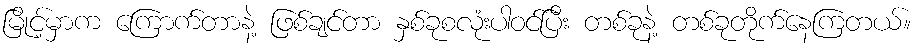
မြိုင့်မှာက ကြောက်တာနဲ့ ဖြစ်ချင်တာ နှစ်ခုစလုံးပါဝင်ပြီး တစ်ခုနဲ့ တစ်ခုတိုက်နေကြတယ်။